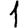
Digit: 1